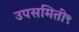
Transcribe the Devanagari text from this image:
उपसमिती९